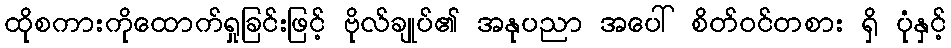
ထိုစကားကိုထောက်ရှုခြင်းဖြင့် ဗိုလ်ချုပ်၏ အနုပညာ အပေါ် စိတ်ဝင်တစား ရှိ ပုံနှင့်